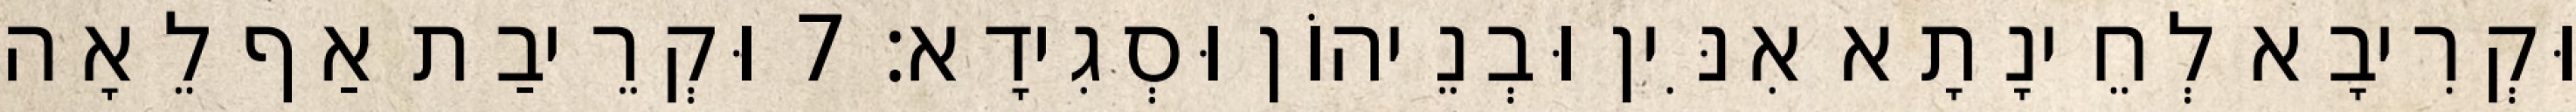
וּקְרִיבָא לְחֵינָתָא אִנִּין וּבְנֵיהוֹן וּסְגִידָא׃ 7 וּקְרֵיבַת אַף לֵאָה